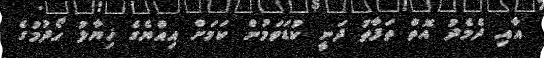
އާއި ދެމެދު އޮތް ތަފާތު ދަނީ ކުޑަވަމުން ކަމަށް އިއްޔެގެ ޚިޔާލު ހޯދުމުގެ